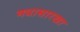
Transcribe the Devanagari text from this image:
मधासारखा